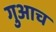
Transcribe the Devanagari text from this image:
गुआच